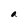
Character: a